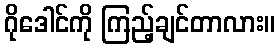
ဂိုဒေါင်ကို ကြည့်ချင်တာလား။